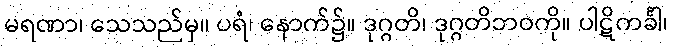
မရဏာ၊ သေသည်မှ။ ပရံ၊ နောက်၌။ ဒုဂ္ဂတိ၊ ဒုဂ္ဂတိဘဝကို။ ပါဋိကင်္ခါ၊